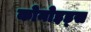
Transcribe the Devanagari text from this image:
कोनोइड्स